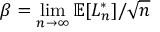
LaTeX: \beta = \operatorname* { l i m } _ { n \to \infty } \mathbb { E } [ L _ { n } ^ { * } ] / { \sqrt { n } }